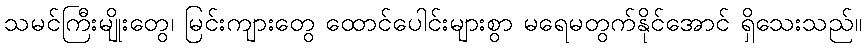
သမင်ကြီးမျိုးတွေ၊ မြင်းကျားတွေ ထောင်ပေါင်းများစွာ မရေမတွက်နိုင်အောင် ရှိသေးသည်။